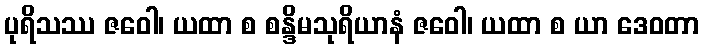
ပုရိသဿ ဇဝေါ၊ ယထာ စ စန္ဒိမသုရိယာနံ ဇဝေါ၊ ယထာ စ ယာ ဒေဝတာ